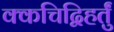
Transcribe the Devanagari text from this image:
क्कचिद्विहर्तुं